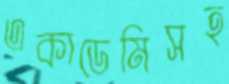
একাডেমিসহ